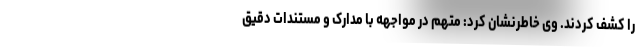
را کشف کردند. وی خاطرنشان کرد: متهم در مواجهه با مدارک و مستندات دقیق